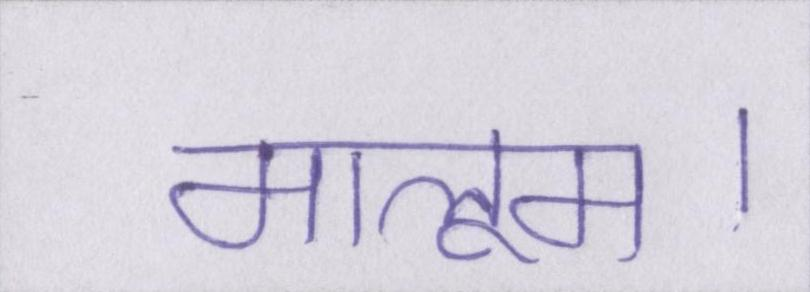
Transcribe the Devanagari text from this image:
मालूम।